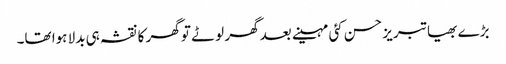
بڑے بھیا تبریز حسن کئی مہینے بعد گھر لوٹے تو گھر کا نقشہ ہی بدلا ہوا تھا۔